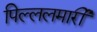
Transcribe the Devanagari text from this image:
पिल्‍ललमार्री